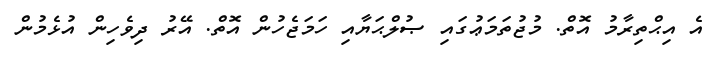
އެ އިޙްތިރާމު އޮތް. މުޖުތަމަޢުގައި ޞުލްޙަޔާއި ހަމަޖެހުން އޮތް. އޭރު ދިވެހިން އުޅެމުން